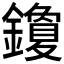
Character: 𰽒